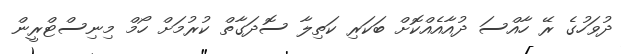
ދުވަހުގެ ރޭ ހާއްސަ ދުއާއެއްކޮށް ބަކަރި ކަތިލާ ސޮދަގާތް ކުރުމަށް ހޯމް މިނިސްޓްރީން